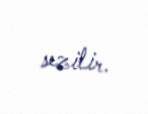
sezilir.